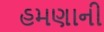
હમણાની